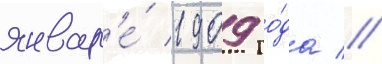
январ'е́ 1909 го́да //